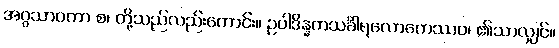
အဂ္ဂသာဝကာ စ၊ တို့သည်လည်းကောင်း။ ဥပါဒိန္နကသင်္ခါရလောကေဿဝ၊ ၏သာလျှင်။